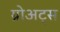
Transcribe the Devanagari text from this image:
ग्रोअट्स